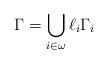
LaTeX: \begin{align*}\Gamma=\bigcup_{i\in\omega}\ell_i\Gamma_i\end{align*}